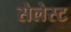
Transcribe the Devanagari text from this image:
सेलेस्ट